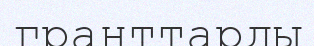
гранттарды